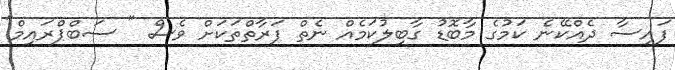
ފައިސާ ދެއްކޭނެ ކަމުގެ މާބޮޑު ގާބިލުކަމެއް ނެތް ފަރާތްތަކަށް ވެސް " ސަބްޕްރައިމް"